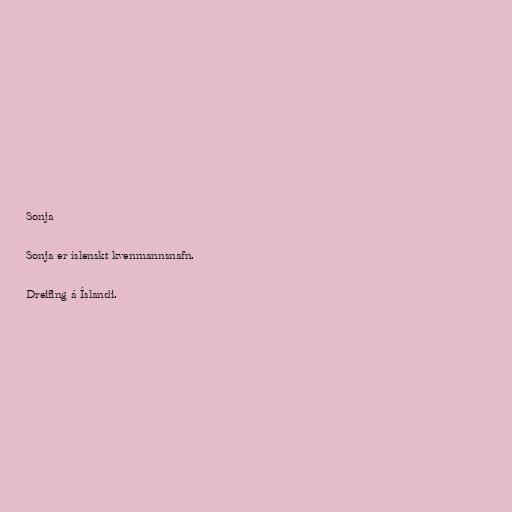
Sonja

Sonja er íslenskt kvenmannsnafn.

Dreifing á Íslandi.